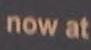
now